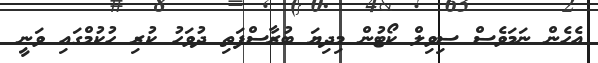
އެހެން ނަމަވެސް ސިވިލް ކޯޓުން މިދިޔަ ބުރާސްފަތި ދުވަހު ކުރި ހުކުމްގައި ވަނީ